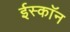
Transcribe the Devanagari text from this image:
ईस्काॅन